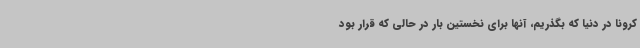
کرونا در دنیا که بگذریم، آنها برای نخستین بار در حالی که قرار بود